Vaccination report Assam 1874-1896 - 1874-1896
Year: 1874
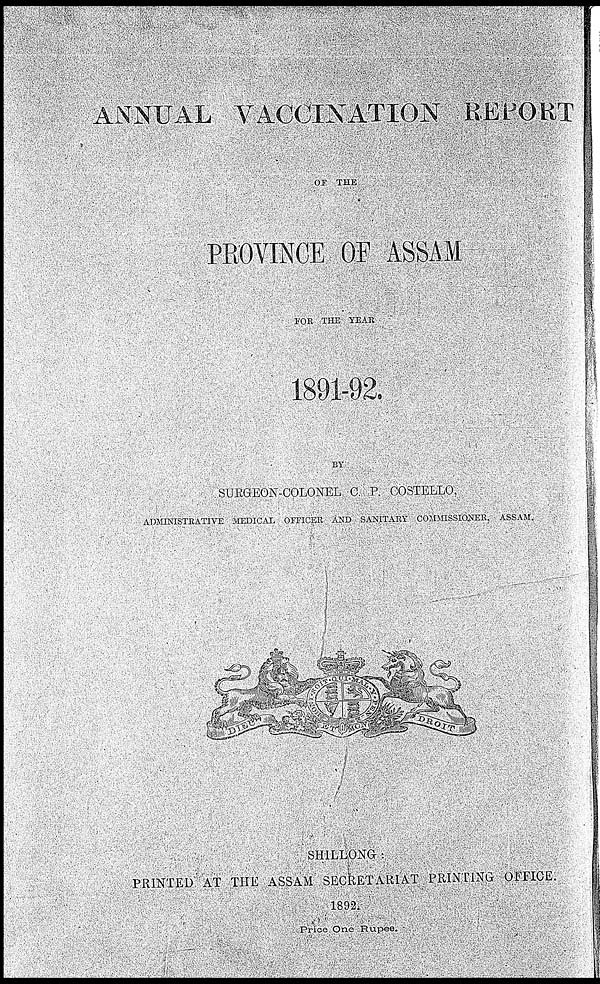
ANNUAL VACCINATION REPORT
OF THE
PROVINCE OF ASSAM
FOR THE YEAR
1891-92.
BY
SURGEON-COLONEL C. P. COSTELLO,
ADMINISTRATIVE MEDICAL OFFICER AND SANITARY COMMISSIONER, ASSAM.
SHILLONG :
PRINTED AT THE ASSAM SECRETARIAT PRINTING OFFICE.
1892.
Price One Rupee.